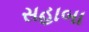
સહાબા